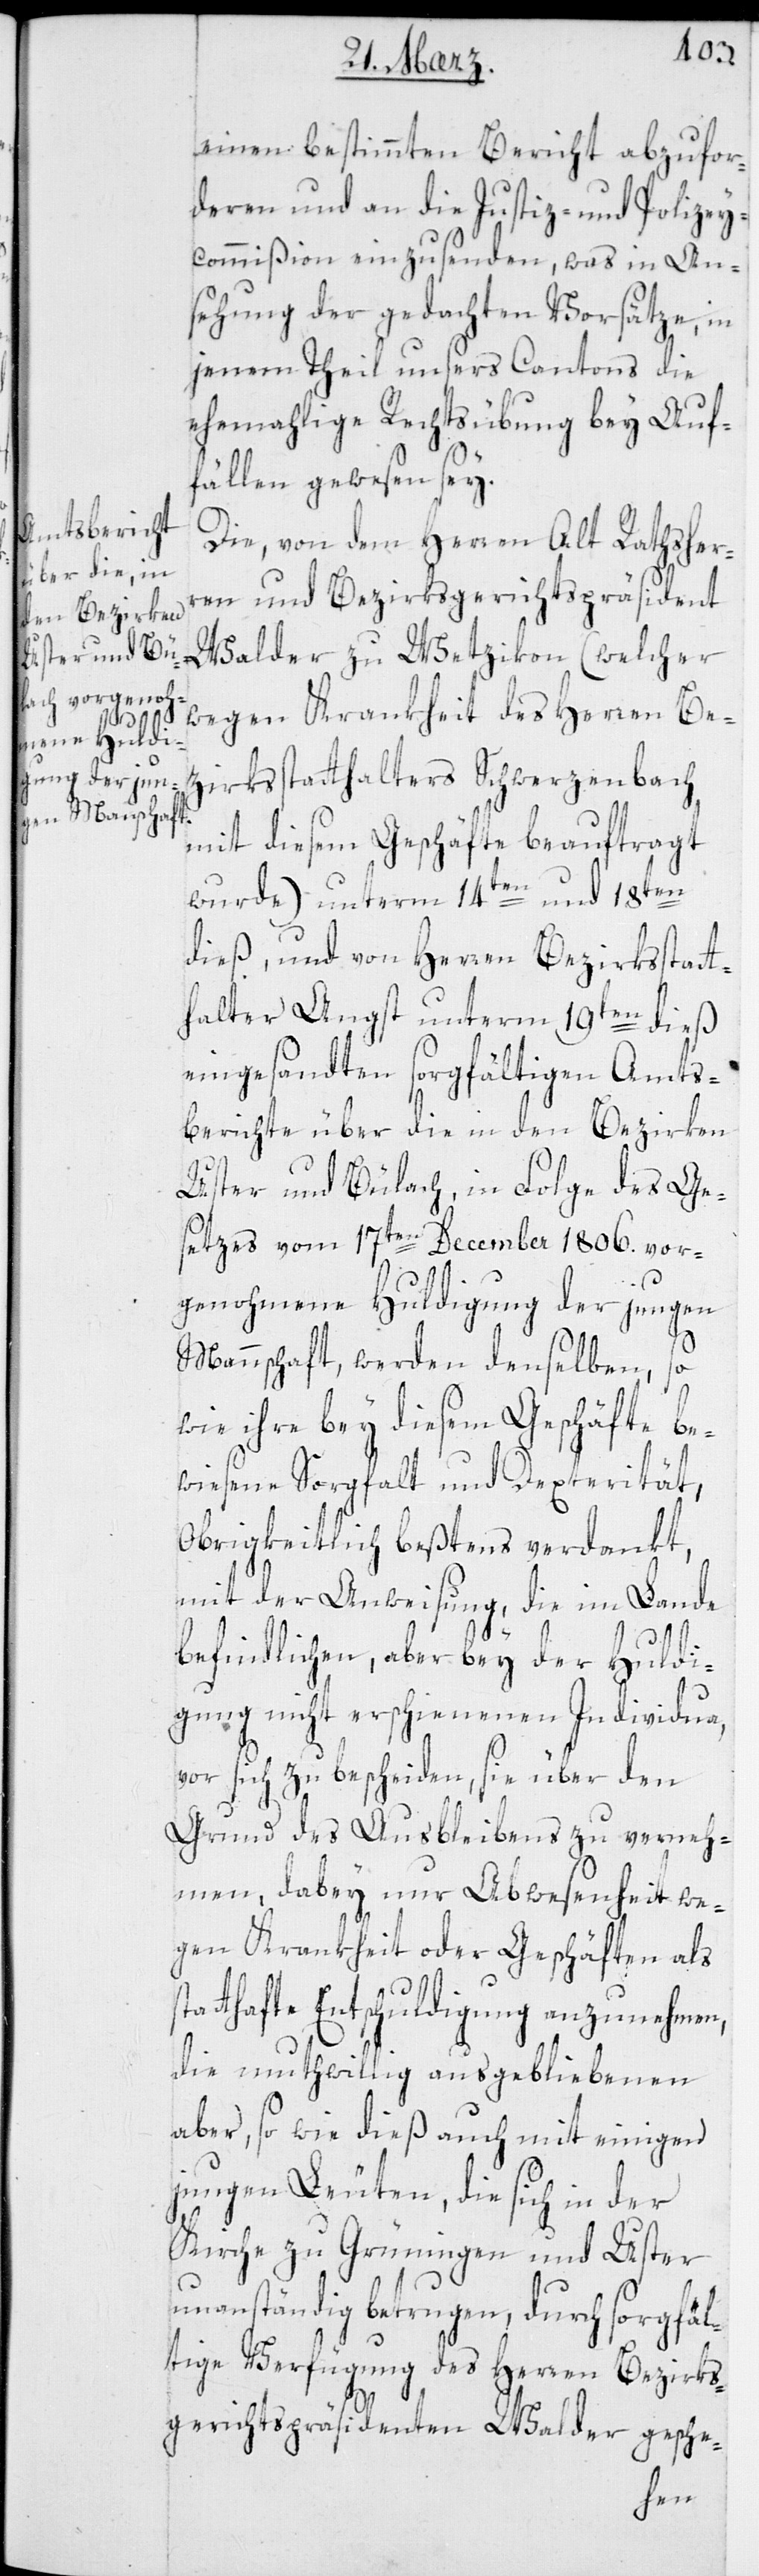
einen bestimmten Bericht abzufor¬
deren und an die Justiz- und Polizey¬
commißion einzusenden, was in An¬
sehung der gedachten Vorsätze, in
jenem Theil unsers Cantons die
ehemahlige Rechtsübung bey Auf¬
fällen gewesen sey.
Die von dem Herren Alt Rathsher¬
ren und Bezirksgerichtspräsident
wegen Krankheit des Herren Be¬
zirksstatthalters Schwerzenbach
mit diesem Geschäft beauftragt
wurde), unterm 14ten und 18ten
dieß, und von Herren Bezirksstatt¬
halter Angst unterm 19ten dieß
eingesandten sorgfältigen Amts¬
berichte über die in den Bezirken
Uster und Bülach, in Folge des Ge¬
setzes vom 17ten December 1806. vor¬
genohmene Huldigung der jungen
Mannschaft, werden denselben, so
wie ihre bey diesem Geschäfte be¬
wiesene Sorgfalt und Dexterität,
Obrigkeitlich bestens verdankt,
mit der Anweisung, die im Lande
befindlichen, aber bey der Huldi¬
gung nicht erschienen Individua,
vor sich zu bescheiden, sie über den
Grund des Ausbleibens zu verneh¬
men, dabey nur Abwesenheit we¬
gen Krankheit oder Geschäften als
tthafte Entschuldigung anzunehmen,
die muthwillig ausgebliebenen
aber, sowie dieß auch mit einigen
jungen Leuten, die sich in der
Kirche zu Grüningen und Uster
unanständig betrugen, durch sorgfäl¬
tige Verfügung des Herren Bezirks¬
gerichts-Präsidenten Walder gesche-
sta¬